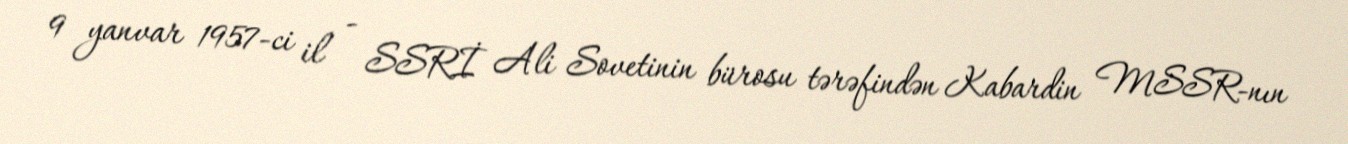
9 yanvar 1957-ci il - SSRİ Ali Sovetinin bürosu tərəfindən Kabardin MSSR-nın